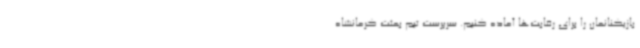
بازیکنانمان را برای رقابت‌ها آماده کنیم. سرپرست تیم بعثت کرمانشاه